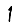
Digit: 1